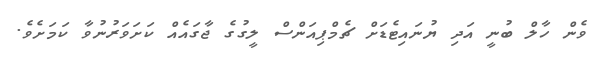
ވެން ހާލް ބުނީ އަދި ޔުނައިޓެޑަށް ޗެމްޕިއަންސް ލީގުގެ ޖާގައެއް ކަށަވަރުނުވާ ކަމަށެވެ.